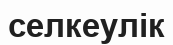
селкеулік